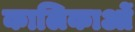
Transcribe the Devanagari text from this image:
कालिकाओं